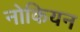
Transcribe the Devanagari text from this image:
नोकियन